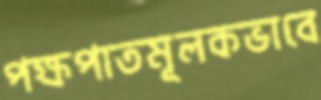
পক্ষপাতমূলকভাবে